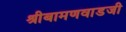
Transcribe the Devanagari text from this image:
श्रीबामणवाडजी